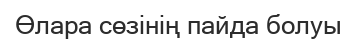
Өлара сөзінің пайда болуы